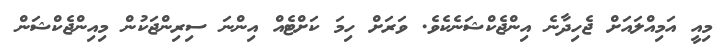
މިއީ އަމިއްލައަށް ޖެހިދާނެ އިންޖެކްޝަނެކެވެ. ވަރަށް ހިމަ ކަށްޓެއް އިންނަ ސިރިންޖަކުން މިއިންޖެކްޝަން